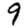
Digit: 9